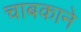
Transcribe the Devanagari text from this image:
चाबकाने